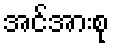
အင်အားစု